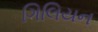
ગિલિયન